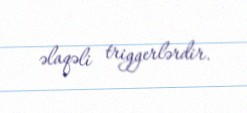
əlaqəli triggerlərdir.